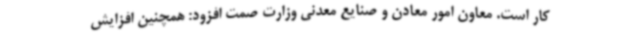
کار است. معاون امور معادن و صنایع معدنی وزارت صمت افزود: همچنین افزایش